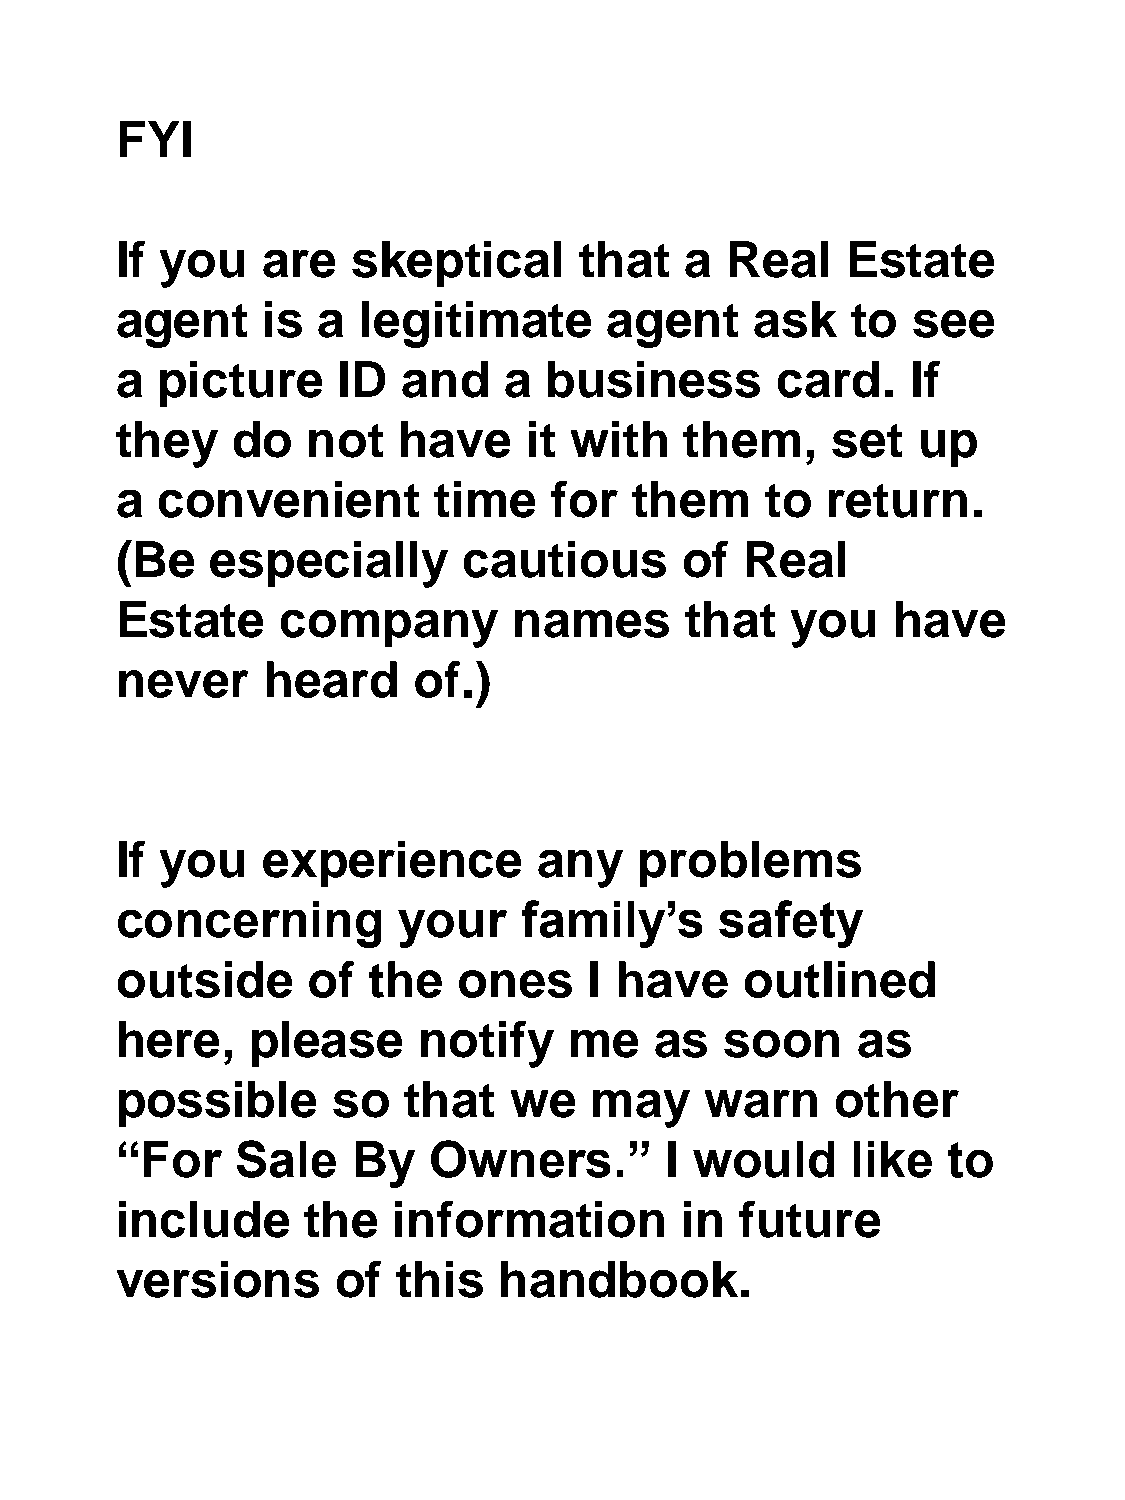
FYI
 If you   are   skeptical      that   a  Real    Estate
 agent    is  a  legitimate      agent     ask   to  see
 a picture     ID   and   a  business       card.    If
 they   do   not   have     it with   them,     set   up
 a convenient         time    for  them     to  return.
 (Be   especially       cautious      of  Real
 Estate     company        names      that   you    have
 never    heard     of.)
 If you   experience         any   problems
 concerning        your     family’s     safety
 outside     of  the   ones     I have    outlined
 here,    please     notify    me   as   soon     as
 possible      so   that   we   may     warn    other
 “For    Sale   By   Owners.”        I would     like   to
 include     the   information        in  future
 versions      of  this   handbook.